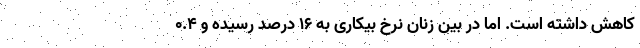
کاهش داشته است. اما در بین زنان نرخ بیکاری به ۱۶ درصد رسیده و ۰.۴